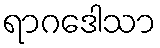
ရာဂဒေါသာ